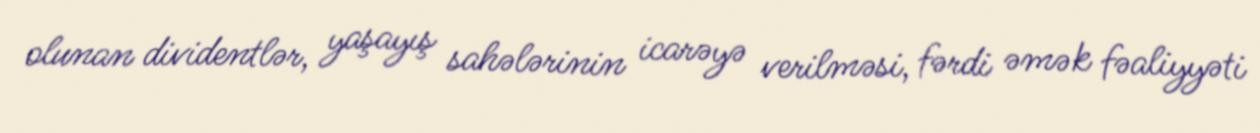
olunan dividentlər, yaşayış sahələrinin icarəyə verilməsi, fərdi əmək fəaliyyəti